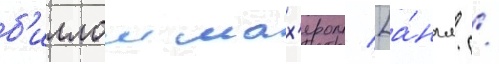
б'иллом мах'ером [а́нгл. /